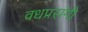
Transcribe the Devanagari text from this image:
वधप्रसंगी